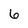
Character: 6